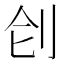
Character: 𠛛